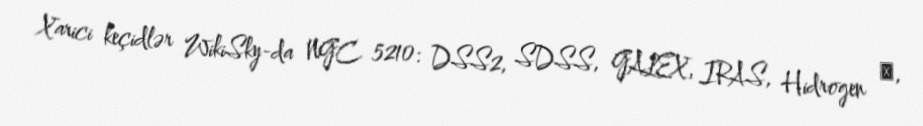
Xarici keçidlər WikiSky-da NGC 5210: DSS2, SDSS, GALEX, IRAS, Hidrogen α,